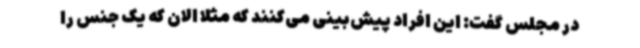
در مجلس گفت: این افراد پیش‌بینی می‌کنند که مثلاً الان که یک جنس را